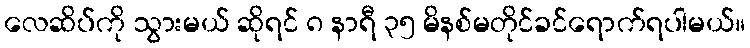
လေဆိပ်ကို သွားမယ် ဆိုရင် ၈ နာရီ ၃၅ မိနစ်မတိုင်ခင်ရောက်ရပါမယ်။